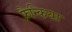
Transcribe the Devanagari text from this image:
फ्रैन्किया